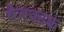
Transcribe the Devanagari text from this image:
बैबकाक